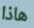
هاذا